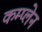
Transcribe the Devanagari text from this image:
कम्प्लेन